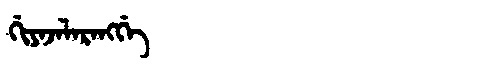
Manchu: ᡤᡳᠶᠠᠵᠠᠯᠠᡵᠠᠩᡤᡝ
Romanization: GIYAJALARANGGE